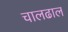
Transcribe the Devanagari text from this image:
चालढाल